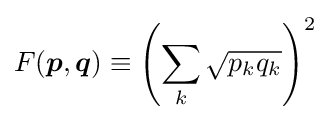
F({\boldsymbol {p}},{\boldsymbol {q}})\equiv \left(\sum _{k}{\sqrt {p_{k}q_{k}}}\right)^{2}